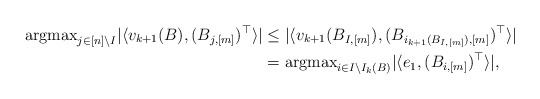
\begin{align*}{\rm argmax}_{j \in [n]\backslash I}| \langle v_{k+1}(B), (B_{j,[m]})^\top\rangle| &\le|\langle v_{k+1}(B_{I,[m]}), (B_{i_{k+1}(B_{I,[m]}),[m]})^\top \rangle |\\&={\rm argmax}_{i \in I\backslash I_{k}(B)} |\langle e_1, (B_{i,[m]})^\top\rangle|,\end{align*}